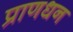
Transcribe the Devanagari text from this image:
प्राणधन